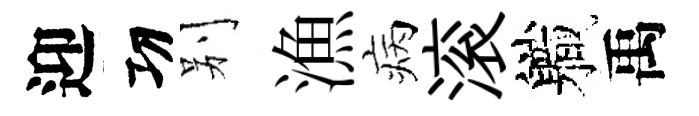
迎㓛别漁病滚軄禹